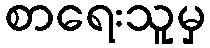
စာရေးသူမှ